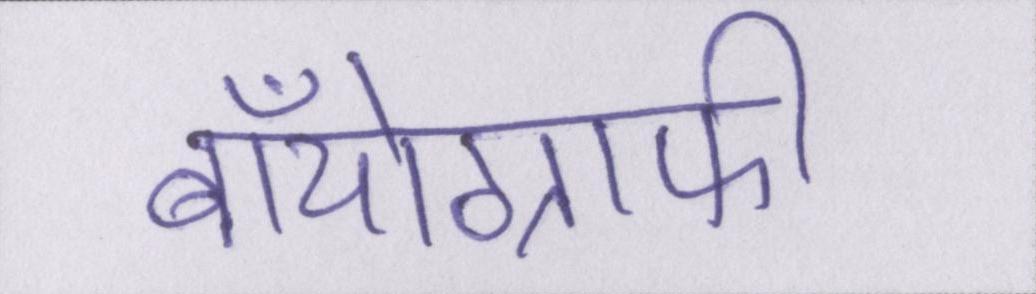
बॉयोग्राफी